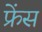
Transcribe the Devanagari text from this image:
फ्रेंस